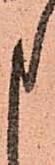
申